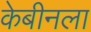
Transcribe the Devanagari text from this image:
केबीनला